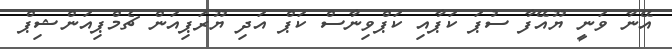
އޭނާ ވަނީ ޔޫއޭފާ ސުޕަ ކަޕާއި ކަޕްވިނާސް ކަޕް އަދި ޔޫރަޕިއަން ޗެމްޕިއަންޝިޕް